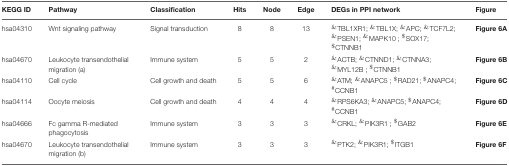
<table><thead><tr><td><b>KEGG ID</b></td><td><b>Pathway</b></td><td><b>Classification</b></td><td><b>Hits</b></td><td><b>Node</b></td><td><b>Edge</b></td><td><b>DEGs in PPI network</b></td><td><b>Figure</b></td></tr></thead><tbody><tr><td>hsa04310</td><td>Wnt signaling pathway</td><td>Signal transduction</td><td>8</td><td>8</td><td>13</td><td><sup>&amp;</sup>TBL1XR1; <sup>&amp;</sup>TBL1X; <sup>&amp;</sup>APC; <sup>&amp;</sup>TCF7L2; <sup>&amp;</sup>PSEN1; <sup>&amp;</sup>MAPK10 ; <sup>$</sup>SOX17; <sup>$</sup>CTNNB1</td><td>Figure 6A</td></tr><tr><td>hsa04670</td><td>Leukocyte transendothelial migration (a)</td><td>Immune system</td><td>5</td><td>5</td><td>2</td><td><sup>&amp;</sup>ACTB; <sup>&amp;</sup>CTNND1; <sup>&amp;</sup>CTNNA3; <sup>&amp;</sup>MYL12B ; <sup>$</sup>CTNNB1</td><td>Figure 6B</td></tr><tr><td>hsa04110</td><td>Cell cycle</td><td>Cell growth and death</td><td>5</td><td>5</td><td>6</td><td><sup>&amp;</sup>ATM; <sup>&amp;</sup>ANAPC5 ; <sup>$</sup>RAD21; <sup>$</sup>ANAPC4; <sup>#</sup>CCNB1</td><td>Figure 6C</td></tr><tr><td>hsa04114</td><td>Oocyte meiosis</td><td>Cell growth and death</td><td>4</td><td>4</td><td>4</td><td><sup>&amp;</sup>RPS6KA3; <sup>&amp;</sup>ANAPC5; <sup>$</sup>ANAPC4; <sup>#</sup>CCNB1</td><td>Figure 6D</td></tr><tr><td>hsa04666</td><td>Fc gamma R-mediated phagocytosis</td><td>Immune system</td><td>3</td><td>3</td><td>3</td><td><sup>&amp;</sup>CRKL; <sup>&amp;</sup>PIK3R1 ; <sup>$</sup>GAB2</td><td>Figure 6E</td></tr><tr><td>hsa04670</td><td>Leukocyte transendothelial migration (b)</td><td>Immune system</td><td>3</td><td>3</td><td>3</td><td><sup>&amp;</sup>PTK2; <sup>&amp;</sup>PIK3R1; <sup>$</sup>ITGB1</td><td>Figure 6F</td></tr></tbody></table>